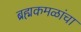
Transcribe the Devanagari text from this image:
ब्रह्मकमळांचा